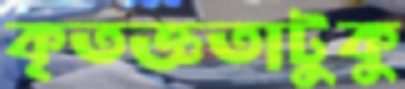
কৃতজ্ঞতাটুকু